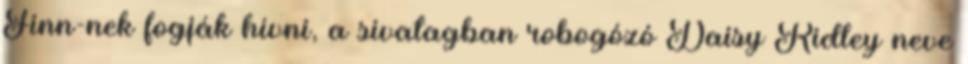
Finn-nek fogják hívni, a sivatagban robogózó Daisy Ridley neve